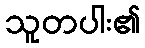
သူတပါး၏